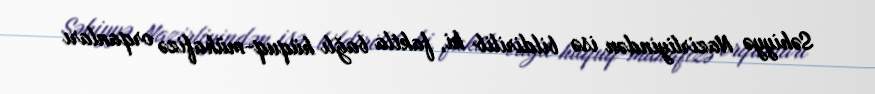
Səhiyyə Nazirliyindən isə bildirilib ki, faktla bağlı hüquq-mühafizə orqanları